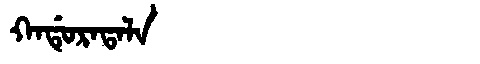
Manchu: ᡴᠠᡩᡠᡵᠠᡨᠠᠯᠠ
Romanization: KADURATALA